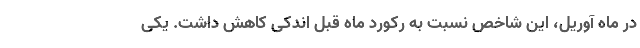
در ماه آوریل، این شاخص نسبت به رکورد ماه قبل اندکی کاهش داشت. یکی